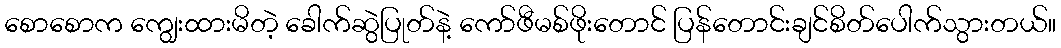
စောစောက ကျွေးထားမိတဲ့ ခေါက်ဆွဲပြုတ်နဲ့ ကော်ဖီမစ်ဖိုးတောင် ပြန်တောင်းချင်စိတ်ပေါက်သွားတယ်။